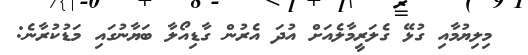
މިލިޔުމާއި ގުޅޭ ގެލަރީމާލެއަށް އުދަ އެރުން ގާޑިއޯލާ ބަޔާނުގައި މަޑުކުރާނެ: